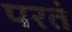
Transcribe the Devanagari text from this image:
परतं